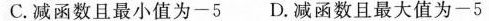
C.减函数且最小值为-5